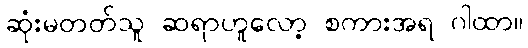
ဆုံးမတတ်သူ ဆရာဟူလော့ စကားအရ ဂါထာ။